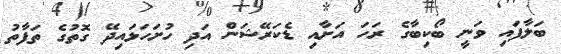
ބަލާފައި ވަނީ ބޯކިބާގެ ރަހަ އަށާއި ޑެކަރޭޝަން އަދި ހުށަހަޅައިދޭ ގޮތުގެ ތަފާތު